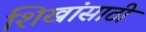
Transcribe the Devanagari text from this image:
शिखांसाठी